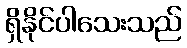
ရှိနိုင်ပါသေးသည်